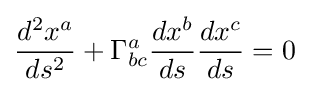
{\frac {d^{2}x^{a}}{ds^{2}}}+\Gamma _{bc}^{a}{\frac {dx^{b}}{ds}}{\frac {dx^{c}}{ds}}=0